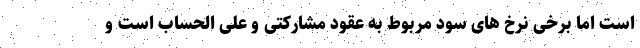
است اما برخی نرخ های سود مربوط به عقود مشارکتی و علی الحساب است و